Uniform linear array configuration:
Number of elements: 48
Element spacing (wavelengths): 0.25
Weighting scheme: uniform
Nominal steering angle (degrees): -45
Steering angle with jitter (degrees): -44.583
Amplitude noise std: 0.05
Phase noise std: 0.05

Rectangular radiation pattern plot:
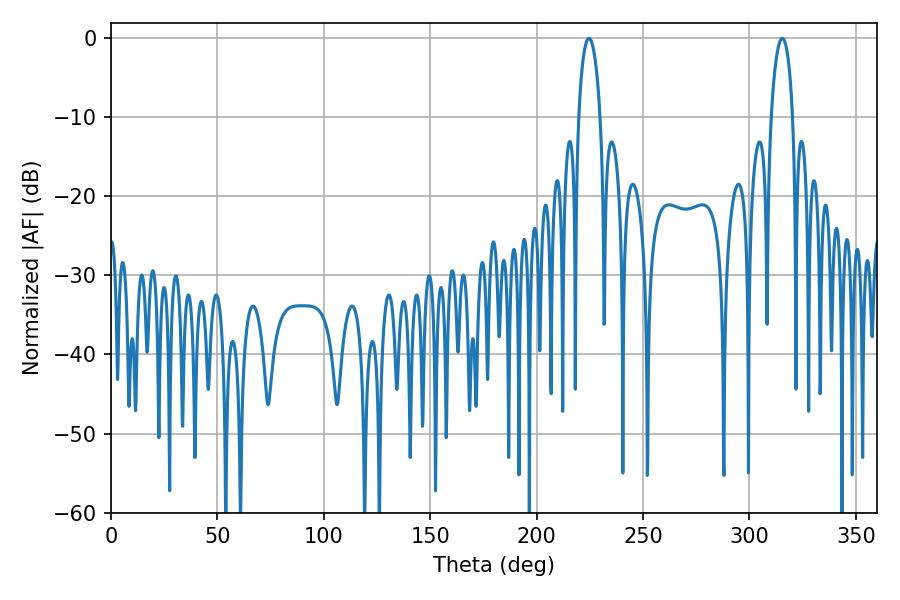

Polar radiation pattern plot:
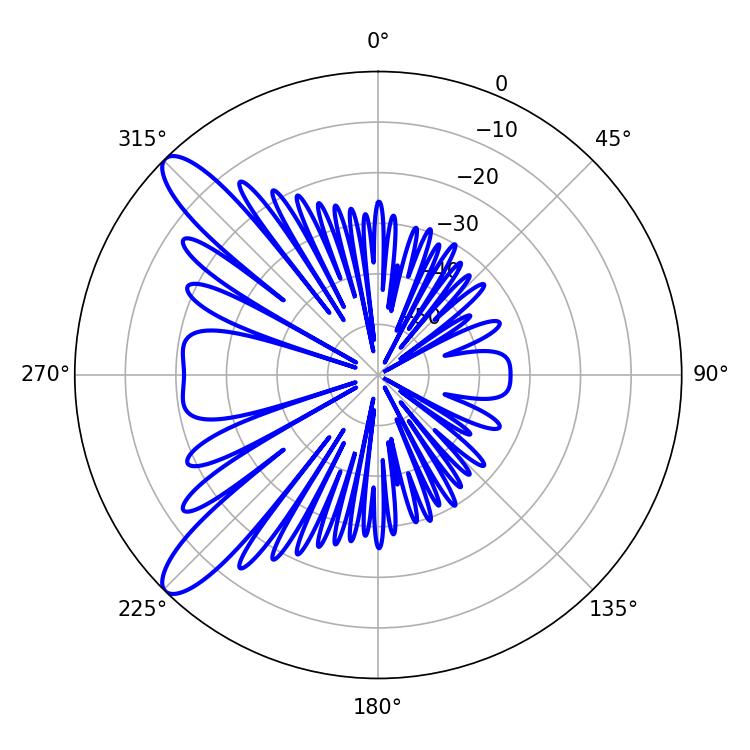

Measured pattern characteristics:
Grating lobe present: FALSE
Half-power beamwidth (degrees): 5.76
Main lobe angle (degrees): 315.36